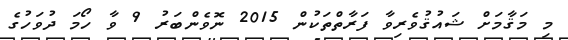
މި މަޤާމަށް ޝައުޤުވެރިވާ ފަރާތްތަކުން 2015 ނޮވެންބަރު 9 ވާ ހޯމަ ދުވަހުގެ